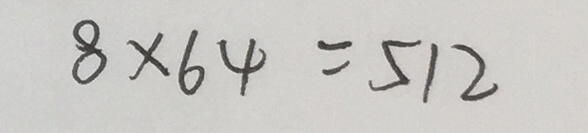
8 \times 6 4 = 5 1 2